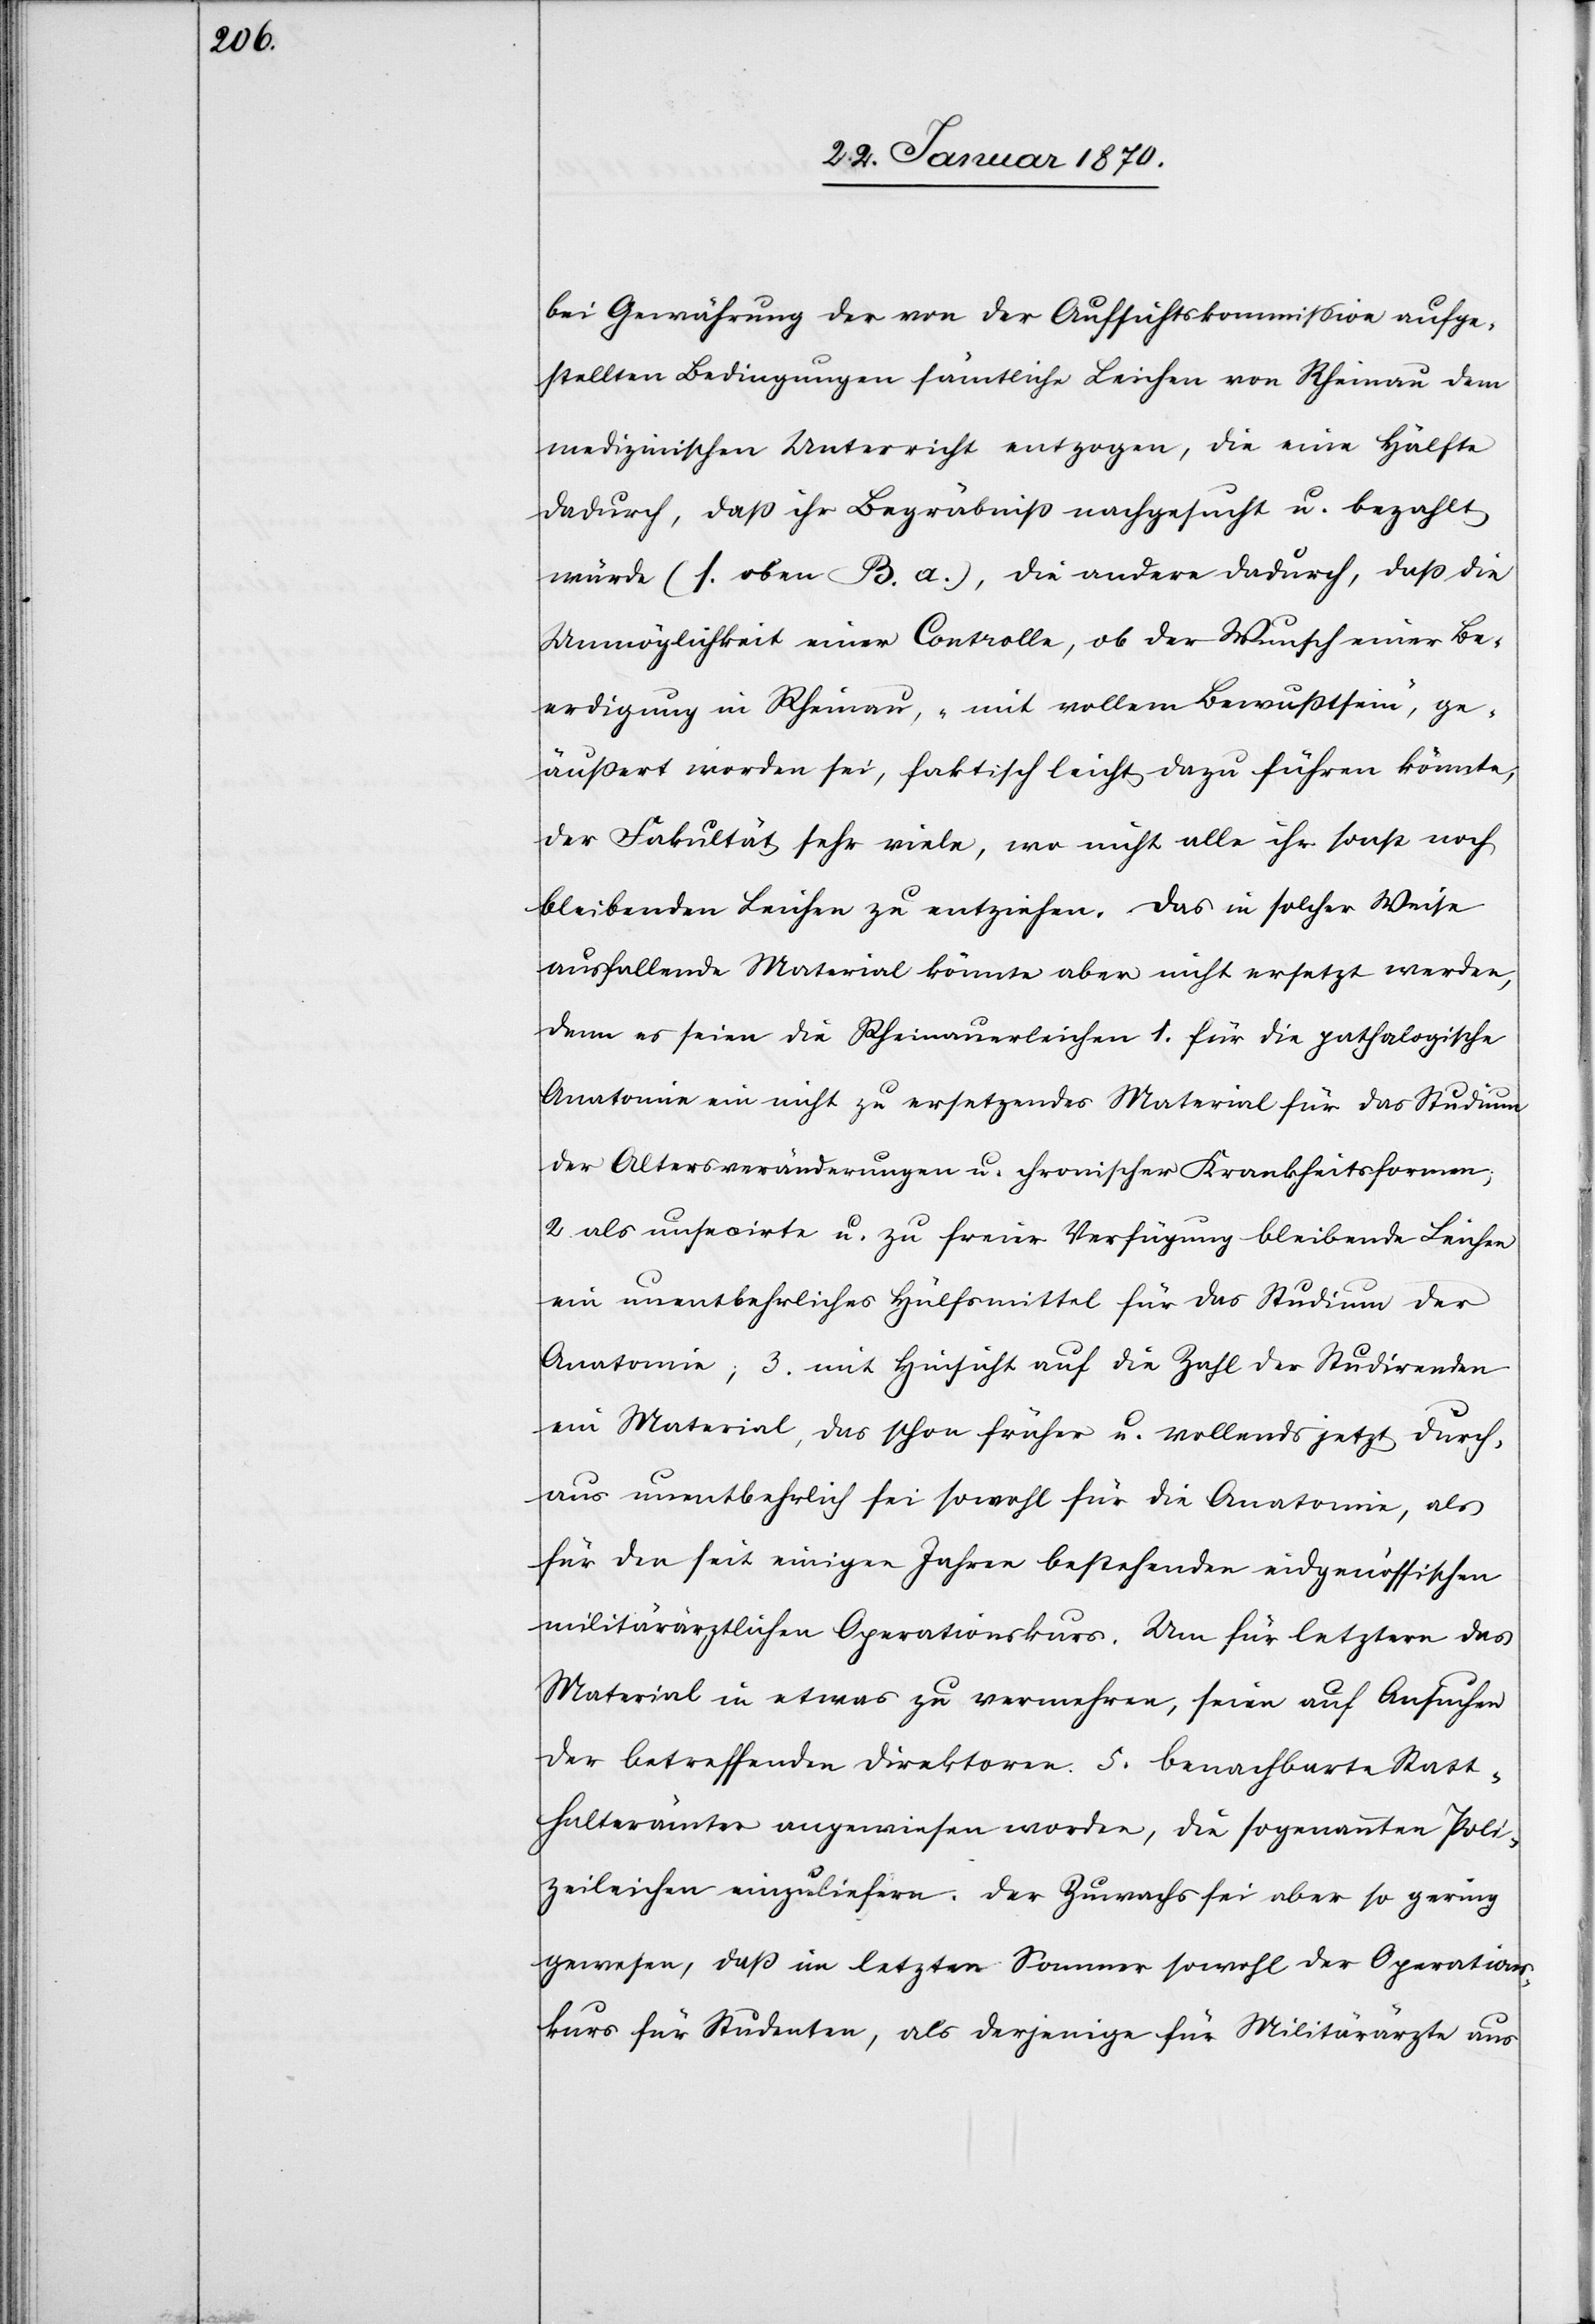
Gewährung der von der Aufsichtskommission aufge¬
stellten Bedingungen sämtliche Leichen von Rheinau dem
medizinischen Unterricht entzogen, die eine Hälfte
dadurch, daß ihr Begräbniß nachgesucht u. bezahlt
würde (s. oben B. a.), die andere dadurch, daß die
Unmöglichkeit einer Controlle, ob der Wunsch einer Be¬
erdigung in Rheinau, „mit vollem Bewußtsein“, ge¬
äußert worden sei, faktisch leicht dazu führen könnte,
der Fakultät sehr viele, wo nicht alle ihr sonst noch
bleibende Leichen zu entziehen. Das in solcher Weise
ausfallende Material könnte aber nicht ersetzt werden,
denn es seien die Rheinauerleichen 1. für die pathalogische
Anatomie ein nicht zu ersetzendes Material für das Studium
der Altersveränderungen u. chronischer Krankheitsformen;
2. als unsecirte u. zu freier Verfügung bleibende Leichen
ein unentbehrliches Hülfsmittel für das Studium der
Anatomie; 3. mit Hinsicht auf die Zahl der Studirenden
ein Material, das schon früher u. vollends jetzt durch¬
aus unentbehrlich sei sowohl für die Anatomie, als
für den seit einigen Jahren bestehenden eidgenössischen
militärärztlichen Operationskurs. Um für letztern das
Material in etwas zu vermehren, seien auf Ansuchen
der betreffenden Direktoren 5. benachbarte Statt¬
halterämter angewiesen worden, die sogenannten Poli¬
zeileichen einzuliefern. Der Zuwachs sei aber so gering
gewesen, daß im letzten Sommer sowohl der Operations¬
kurs für Studenten, als derjenige für Militärärzte aus